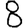
Digit: 8